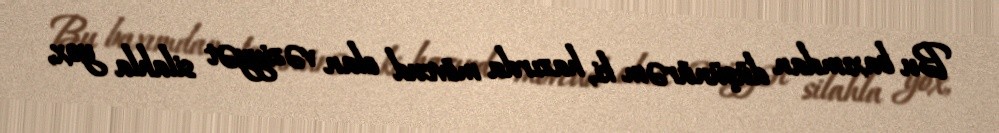
Bu baxımdan düşünürəm ki, hazırda mövcud olan vəziyyət silahla yox,